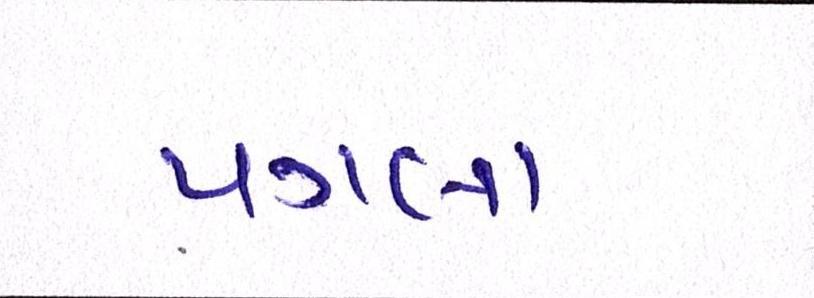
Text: પગલા